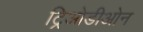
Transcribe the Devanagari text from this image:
ट्रिओडीओन